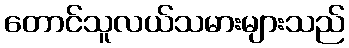
တောင်သူလယ်သမားများသည်